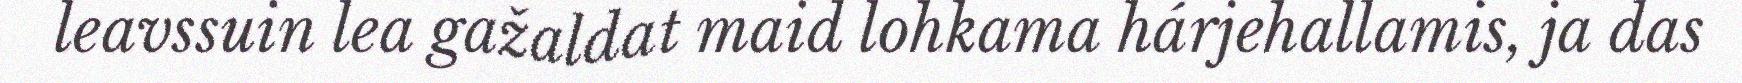
leavssuin lea gažaldat maid lohkama hárjehallamis, ja das